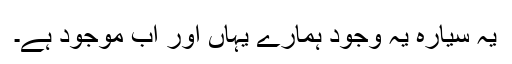
یہ سیارہ یہ وجود ہمارے یہاں اور اب موجود ہے۔